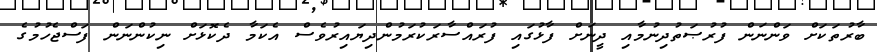
ބާރުތަކަށް ވަންނަން ފުރުޞަތުދިނުމާއި ދީނަށް ފާޅުގައި ފުރައްސާރަކުރަމުންދިޔައިރުވެސް އެކަމާ ދެކޮޅަށް ނިކުންނަން ފަސްޖެހުމުގެ